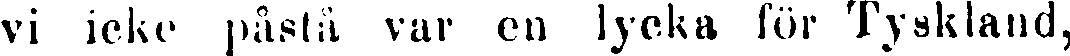
vi icke påstå var en lycka för Tyskland,